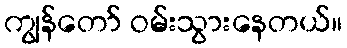
ကျွန်တော် ဝမ်းသွားနေတယ်။